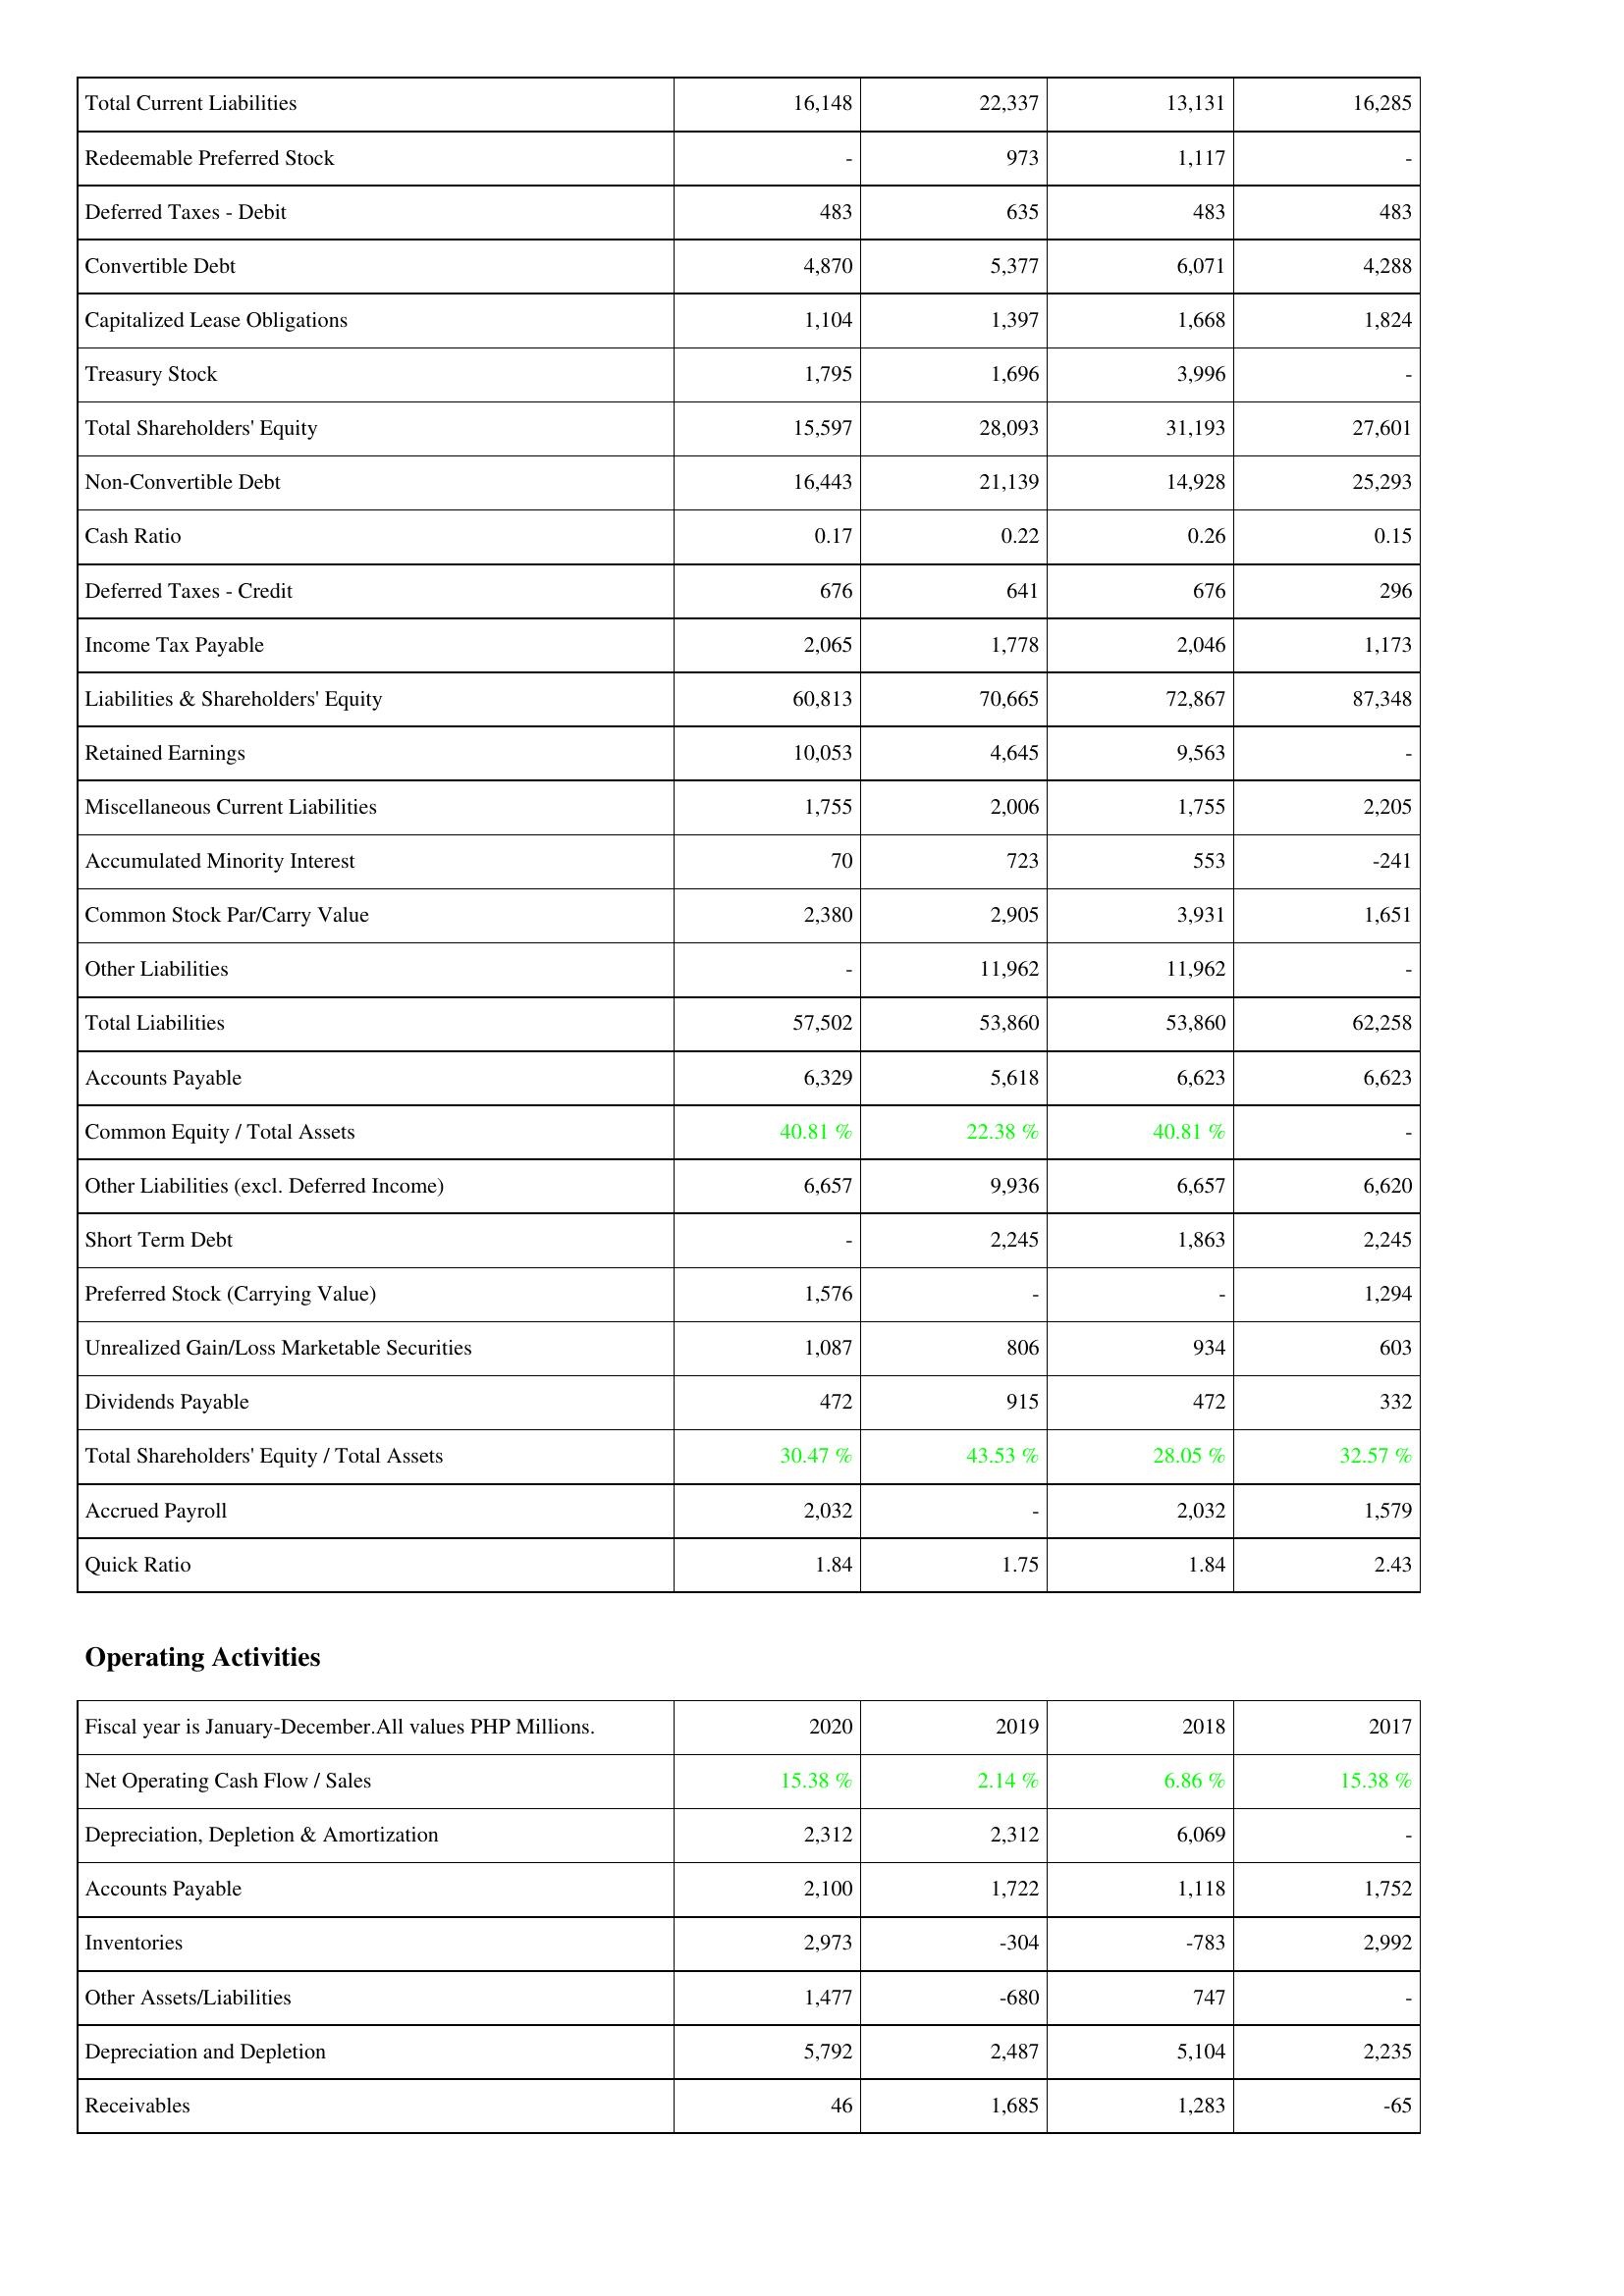
2020: Liabilities & Shareholders' Equity: Total Current Liabilities: 16,148
Redeemable Preferred Stock: -
Deferred Taxes - Debit: 483
Convertible Debt: 4,870
Capitalized Lease Obligations: 1,104
Treasury Stock: 1,795
Total Shareholders' Equity: 15,597
Non-Convertible Debt: 16,443
Cash Ratio: 0.17
Deferred Taxes - Credit: 676
Income Tax Payable: 2,065
Liabilities & Shareholders' Equity: 60,813
Retained Earnings: 10,053
Miscellaneous Current Liabilities: 1,755
Accumulated Minority Interest: 70
Common Stock Par/Carry Value: 2,380
Other Liabilities: -
Total Liabilities: 57,502
Accounts Payable: 6,329
Common Equity / Total Assets: 40.81 %
Other Liabilities (excl. Deferred Income): 6,657
Short Term Debt: -
Preferred Stock (Carrying Value): 1,576
Unrealized Gain/Loss Marketable Securities: 1,087
Dividends Payable: 472
Total Shareholders' Equity / Total Assets: 30.47 %
Accrued Payroll: 2,032
Quick Ratio: 1.84
Operating Activities: Net Operating Cash Flow / Sales: 15.38 %
Depreciation, Depletion & Amortization: 2,312
Accounts Payable: 2,100
Inventories: 2,973
Other Assets/Liabilities: 1,477
Depreciation and Depletion: 5,792
Receivables: 46
2019: Liabilities & Shareholders' Equity: Total Current Liabilities: 22,337
Redeemable Preferred Stock: 973
Deferred Taxes - Debit: 635
Convertible Debt: 5,377
Capitalized Lease Obligations: 1,397
Treasury Stock: 1,696
Total Shareholders' Equity: 28,093
Non-Convertible Debt: 21,139
Cash Ratio: 0.22
Deferred Taxes - Credit: 641
Income Tax Payable: 1,778
Liabilities & Shareholders' Equity: 70,665
Retained Earnings: 4,645
Miscellaneous Current Liabilities: 2,006
Accumulated Minority Interest: 723
Common Stock Par/Carry Value: 2,905
Other Liabilities: 11,962
Total Liabilities: 53,860
Accounts Payable: 5,618
Common Equity / Total Assets: 22.38 %
Other Liabilities (excl. Deferred Income): 9,936
Short Term Debt: 2,245
Preferred Stock (Carrying Value): -
Unrealized Gain/Loss Marketable Securities: 806
Dividends Payable: 915
Total Shareholders' Equity / Total Assets: 43.53 %
Accrued Payroll: -
Quick Ratio: 1.75
Operating Activities: Net Operating Cash Flow / Sales: 2.14 %
Depreciation, Depletion & Amortization: 2,312
Accounts Payable: 1,722
Inventories: -304
Other Assets/Liabilities: -680
Depreciation and Depletion: 2,487
Receivables: 1,685
2018: Liabilities & Shareholders' Equity: Total Current Liabilities: 13,131
Redeemable Preferred Stock: 1,117
Deferred Taxes - Debit: 483
Convertible Debt: 6,071
Capitalized Lease Obligations: 1,668
Treasury Stock: 3,996
Total Shareholders' Equity: 31,193
Non-Convertible Debt: 14,928
Cash Ratio: 0.26
Deferred Taxes - Credit: 676
Income Tax Payable: 2,046
Liabilities & Shareholders' Equity: 72,867
Retained Earnings: 9,563
Miscellaneous Current Liabilities: 1,755
Accumulated Minority Interest: 553
Common Stock Par/Carry Value: 3,931
Other Liabilities: 11,962
Total Liabilities: 53,860
Accounts Payable: 6,623
Common Equity / Total Assets: 40.81 %
Other Liabilities (excl. Deferred Income): 6,657
Short Term Debt: 1,863
Preferred Stock (Carrying Value): -
Unrealized Gain/Loss Marketable Securities: 934
Dividends Payable: 472
Total Shareholders' Equity / Total Assets: 28.05 %
Accrued Payroll: 2,032
Quick Ratio: 1.84
Operating Activities: Net Operating Cash Flow / Sales: 6.86 %
Depreciation, Depletion & Amortization: 6,069
Accounts Payable: 1,118
Inventories: -783
Other Assets/Liabilities: 747
Depreciation and Depletion: 5,104
Receivables: 1,283
2017: Liabilities & Shareholders' Equity: Total Current Liabilities: 16,285
Redeemable Preferred Stock: -
Deferred Taxes - Debit: 483
Convertible Debt: 4,288
Capitalized Lease Obligations: 1,824
Treasury Stock: -
Total Shareholders' Equity: 27,601
Non-Convertible Debt: 25,293
Cash Ratio: 0.15
Deferred Taxes - Credit: 296
Income Tax Payable: 1,173
Liabilities & Shareholders' Equity: 87,348
Retained Earnings: -
Miscellaneous Current Liabilities: 2,205
Accumulated Minority Interest: -241
Common Stock Par/Carry Value: 1,651
Other Liabilities: -
Total Liabilities: 62,258
Accounts Payable: 6,623
Common Equity / Total Assets: -
Other Liabilities (excl. Deferred Income): 6,620
Short Term Debt: 2,245
Preferred Stock (Carrying Value): 1,294
Unrealized Gain/Loss Marketable Securities: 603
Dividends Payable: 332
Total Shareholders' Equity / Total Assets: 32.57 %
Accrued Payroll: 1,579
Quick Ratio: 2.43
Operating Activities: Net Operating Cash Flow / Sales: 15.38 %
Depreciation, Depletion & Amortization: -
Accounts Payable: 1,752
Inventories: 2,992
Other Assets/Liabilities: -
Depreciation and Depletion: 2,235
Receivables: -65